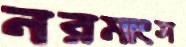
নরমাংস